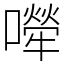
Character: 𡁆